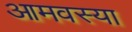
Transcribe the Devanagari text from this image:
आमवस्या